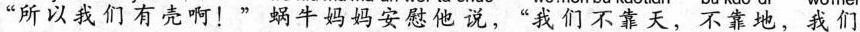
“所以我们有壳啊！”蜗牛妈妈安慰他说，“我们不靠天，不靠地，我们